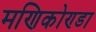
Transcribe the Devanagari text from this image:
मणिकोण्डा